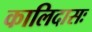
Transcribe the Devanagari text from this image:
कालिदासः